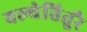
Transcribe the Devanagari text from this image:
वल्वेत्तितुरै